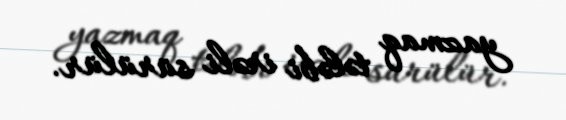
yazmaq tələbi irəli sürülür.